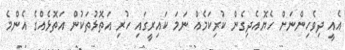
އެއީ ދިވެހިންނަށް ހެޔޮއެދިގެން ކުރިކަމެއް ނަމަ ކައިރީގައި ހުރި އަތޮޅުތަކުން އަތޮޅެއްގެ އެންމެ